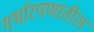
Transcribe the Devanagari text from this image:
गर्भारपणातील